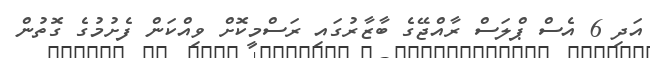
އަދި 6 އެސް ޕްލަސް ރާއްޖޭގެ ބާޒާރުގައި ރަސްމީކޮށް ވިއްކަން ފެށުމުގެ ގޮތުން